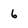
Character: 6